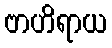
ဗာဟိရာယ